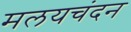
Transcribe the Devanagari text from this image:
मलयचंदन